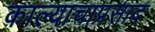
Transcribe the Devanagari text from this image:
काल्याचाप्रसाद